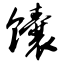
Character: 馕